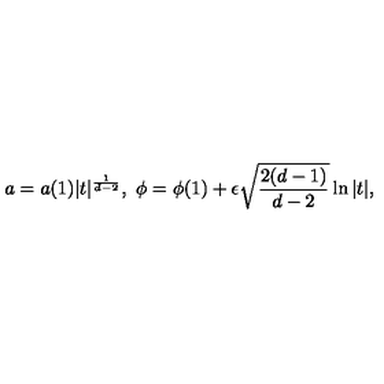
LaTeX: a = a ( 1 ) \vert t \vert ^ { \frac { 1 } { d - 2 } } , \ \phi = \phi ( 1 ) + \epsilon \sqrt { \frac { 2 ( d - 1 ) } { d - 2 } } \ln \vert t \vert ,